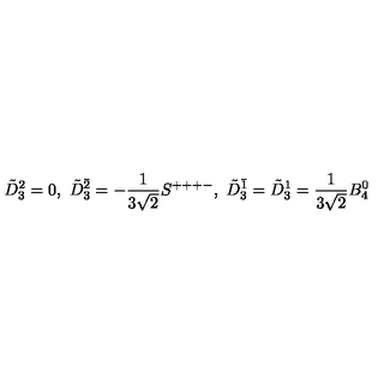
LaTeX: \tilde { D } _ { 3 } ^ { 2 } = 0 , \ \tilde { D } _ { 3 } ^ { \bar { 2 } } = - \frac { 1 } { 3 \sqrt { 2 } } S ^ { + + + - } , \ \tilde { D } _ { 3 } ^ { \bar { 1 } } = \tilde { D } _ { 3 } ^ { 1 } = \frac { 1 } { 3 \sqrt { 2 } } B _ { 4 } ^ { 0 }